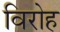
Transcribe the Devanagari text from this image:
विरोह